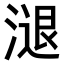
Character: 𣻇